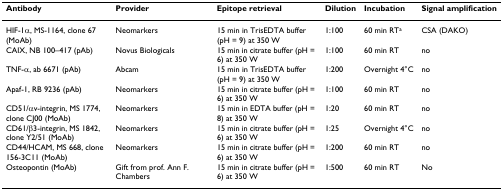
<table><thead><tr><td><b>Antibody</b></td><td><b>Provider</b></td><td><b>Epitope retrieval</b></td><td><b>Dilution</b></td><td><b>Incubation</b></td><td><b>Signal amplification</b></td></tr></thead><tbody><tr><td>HIF-1α, MS-1164, clone 67 (MoAb)</td><td>Neomarkers</td><td>15 min in TrisEDTA buffer (pH = 9) at 350 W</td><td>1:100</td><td>60 min RT<sup>a</sup></td><td>CSA (DAKO)</td></tr><tr><td>CAIX, NB 100–417 (pAb)</td><td>Novus Biologicals</td><td>15 min in citrate buffer (pH = 6) at 350 W</td><td>1:100</td><td>60 min RT</td><td>no</td></tr><tr><td>TNF-α, ab 6671 (pAb)</td><td>Abcam</td><td>15 min in TrisEDTA buffer (pH = 9) at 350 W</td><td>1:200</td><td>Overnight 4°C</td><td>no</td></tr><tr><td>Apaf-1, RB 9236 (pAb)</td><td>Neomarkers</td><td>15 min in citrate buffer (pH = 6) at 350 W</td><td>1:100</td><td>60 min RT</td><td>no</td></tr><tr><td>CD51/αv-integrin, MS 1774, clone CJ00 (MoAb)</td><td>Neomarkers</td><td>15 min in EDTA buffer (pH = 8) at 350 W</td><td>1:20</td><td>60 min RT</td><td>no</td></tr><tr><td>CD61/β3-integrin, MS 1842, clone Y2/51 (MoAb)</td><td>Neomarkers</td><td>15 min in citrate buffer (pH = 6) at 350 W</td><td>1:25</td><td>Overnight 4°C</td><td>no</td></tr><tr><td>CD44/HCAM, MS 668, clone 156-3C11 (MoAb)</td><td>Neomarkers</td><td>15 min in citrate buffer (pH = 6) at 350 W</td><td>1:200</td><td>60 min RT</td><td>no</td></tr><tr><td>Osteopontin (MoAb)</td><td>Gift from prof. Ann F. Chambers</td><td>15 min in citrate buffer (pH = 6) at 350 W</td><td>1:500</td><td>60 min RT</td><td>No</td></tr></tbody></table>